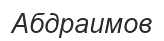
Абдраимов